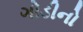
ગોડીનો